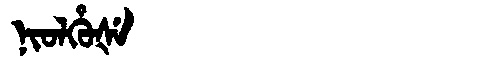
Manchu: ᠨᡳᠣᠯᡥᡠᡧᡝ
Romanization: NIOLHUŠE